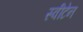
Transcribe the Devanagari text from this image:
स्वीटेन